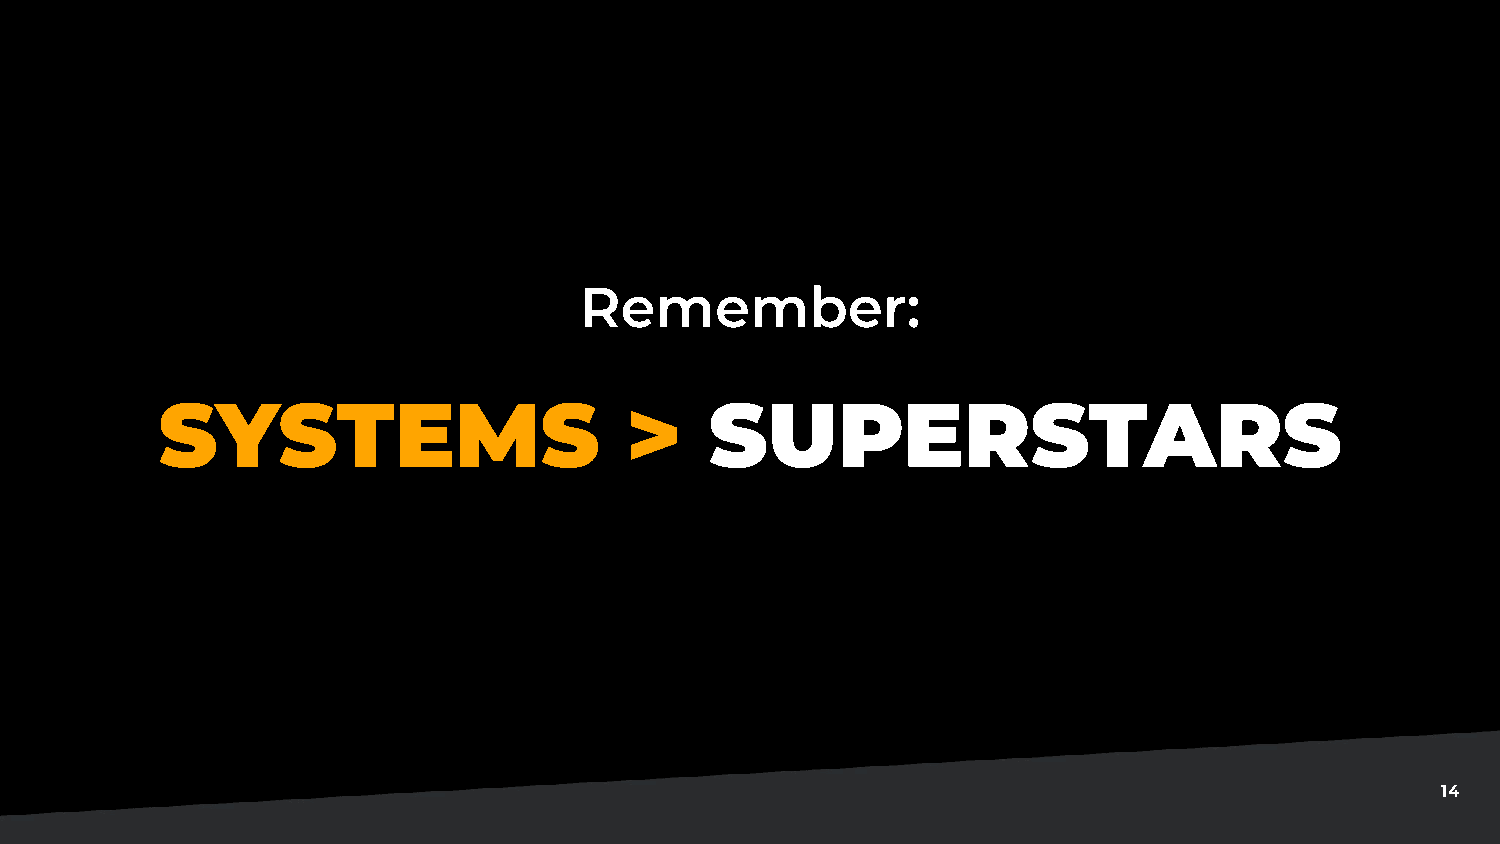
Remember:
 SYSTEMS                        >     SUPERSTARS
 14